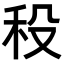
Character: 𥝻